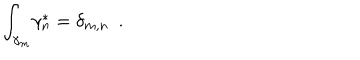
{ \int _ { \gamma _ { m } } } { \gamma _ { n } ^ { \ast } } = { \delta _ { m , n } } \, \, \, .